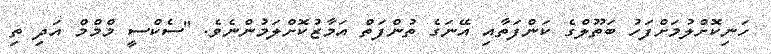
ހަނިކޮށްލުމަށްފަހު ބަތޫލްގެ ކަންފަތާއި އޭނަގެ ތުންފަތް އަމާޒުކޮށްލަމުންނެވެ. ''ސެކްސީ މްމްމް އަދި ތި